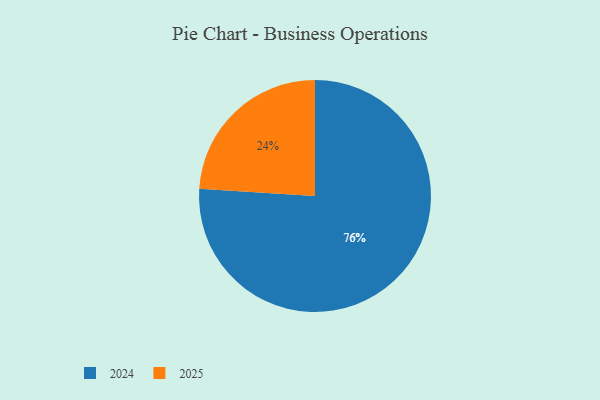
{"axis": {"x": "Category", "y": "Percentage"}, "legend": ["2024", "2025"], "data": [{"x": "2025", "y": 24, "type": "2025"}, {"x": "2024", "y": 76, "type": "2024"}]}